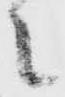
之